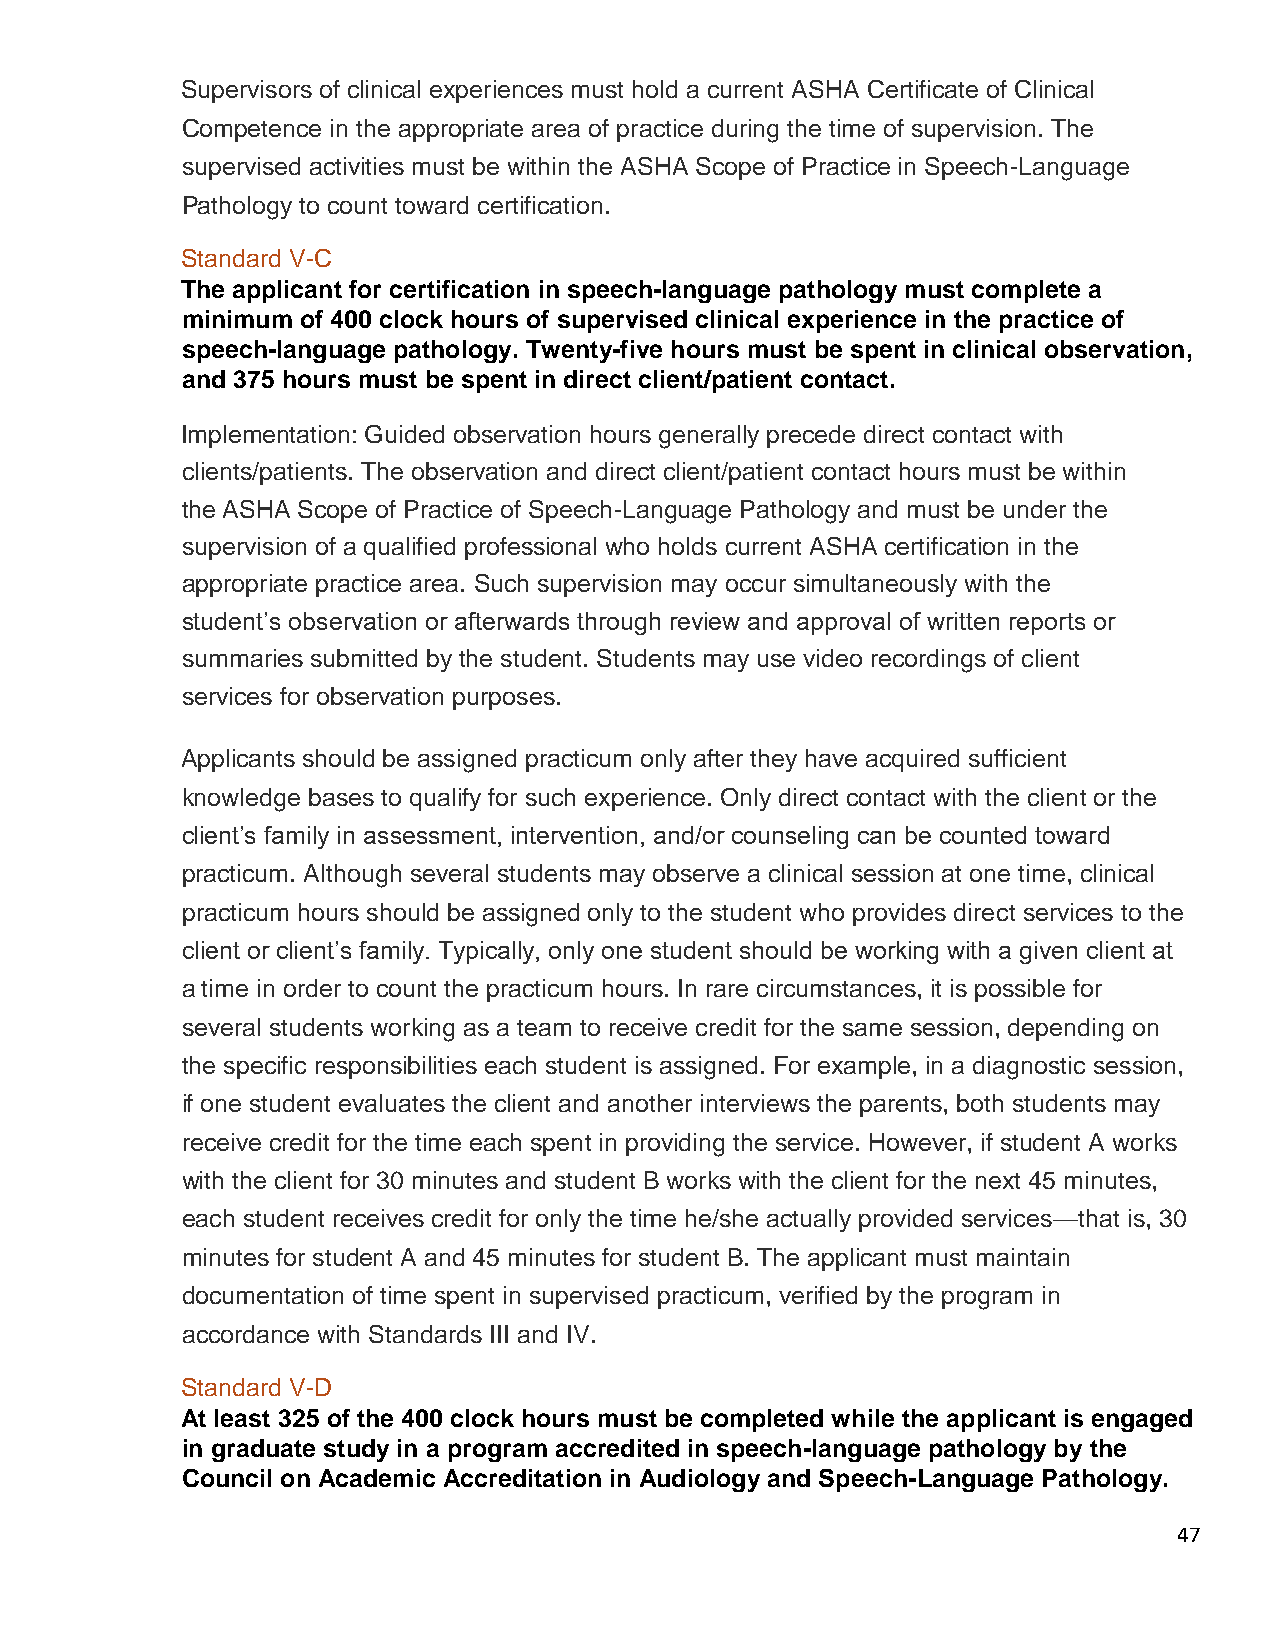
Supervisors of clinical experiences must hold a current ASHA Certificate of Clinical
 Competence in the appropriate area of practice during the time of supervision. The
 supervised activities must be within the ASHA Scope of Practice in Speech-Language
 Pathology to count toward certification.
 Standard V-C
 The applicant for certification in speech-language pathology must complete a
 minimum of 400 clock hours of supervised clinical experience in the practice of
 speech-language pathology. Twenty-five hours must be spent in clinical observation,
 and 375 hours must be spent in direct client/patient contact.
 Implementation: Guided observation hours generally precede direct contact with
 clients/patients. The observation and direct client/patient contact hours must be within
 the ASHA Scope of Practice of Speech-Language Pathology and must be under the
 supervision of a qualified professional who holds current ASHA certification in the
 appropriate practice area. Such supervision may occur simultaneously with the
 student’s observation or afterwards through review and approval of written reports or
 summaries submitted by the student. Students may use video recordings of client
 services for observation purposes.
 Applicants should be assigned practicum only after they have acquired sufficient
 knowledge bases to qualify for such experience. Only direct contact with the client or the
 client’s family in assessment, intervention, and/or counseling can be counted toward
 practicum. Although several students may observe a clinical session at one time, clinical
 practicum hours should be assigned only to the student who provides direct services to the
 client or client’s family. Typically, only one student should be working with a given client at
 a time in order to count the practicum hours. In rare circumstances, it is possible for
 several students working as a team to receive credit for the same session, depending on
 the specific responsibilities each student is assigned. For example, in a diagnostic session,
 if one student evaluates the client and another interviews the parents, both students may
 receive credit for the time each spent in providing the service. However, if student A works
 with the client for 30 minutes and student B works with the client for the next 45 minutes,
 each student receives credit for only the time he/she actually provided services—that is, 30
 minutes for student A and 45 minutes for student B. The applicant must maintain
 documentation of time spent in supervised practicum, verified by the program in
 accordance with Standards III and IV.
 Standard V-D
 At least 325 of the 400 clock hours must be completed while the applicant is engaged
 in graduate study in a program accredited in speech-language pathology by the
 Council on Academic Accreditation in Audiology and Speech-Language Pathology.
 47